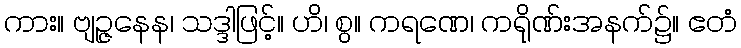
ကား။ ဗျဉ္ဇနေန၊ သဒ္ဒါဖြင့်။ ဟိ၊ စွ။ ကရဏေ၊ ကရိုဏ်းအနက်၌။ ဧတံ